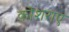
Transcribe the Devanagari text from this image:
कोशराए